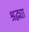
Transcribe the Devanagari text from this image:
श्रद्ध्या